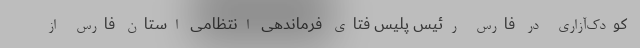
کودک‌آزاری در فارس رئیس پلیس فتای فرماندهی انتظامی استان فارس از